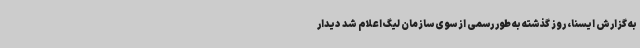
به گزارش ایسنا، روز گذشته به طور رسمی از سوی سازمان لیگ اعلام شد دیدار